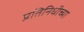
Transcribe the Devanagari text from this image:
प्रतिनिधीच्या